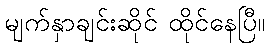
မျက်နှာချင်းဆိုင် ထိုင်နေပြီ။